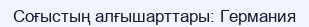
Соғыстың алғышарттары: Германия